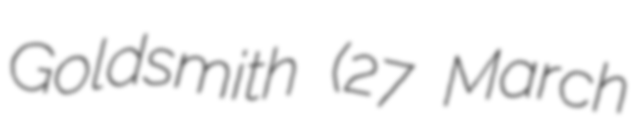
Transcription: Goldsmith (27 March